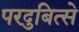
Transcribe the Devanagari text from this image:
परदुबित्से